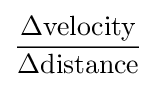
{\frac {\Delta {\text{velocity}}}{\Delta {\text{distance}}}}